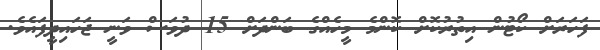
ފަހަރަށް ކޯޓުން އިތުރުކޮށް ކޮންމެ މީހެއްގެ ބަންދަށް 15 ދުވަސް ވަނީ ޖަހައިދީފައެވެ.